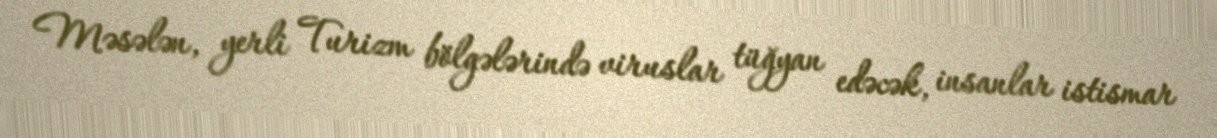
Məsələn, yerli Turizm bölgələrində viruslar tüğyan edəcək, insanlar istismar